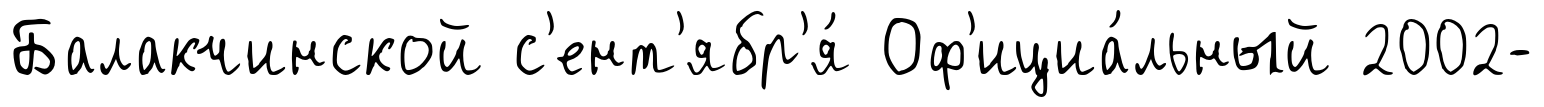
Балакчинской с'ент'ябр'я́ Оф'ициа́льный 2002-